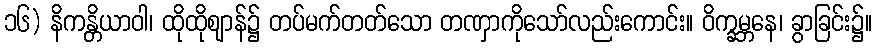
၁၆) နိကန္တိယာဝါ၊ ထိုထိုဈာန်၌ တပ်မက်တတ်သော တဏှာကိုသော်လည်းကောင်း။ ဝိက္ခမ္ဘနေ၊ ခွာခြင်း၌။